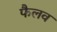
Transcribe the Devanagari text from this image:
फैलव